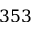
3 5 3